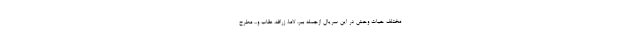
مختلف حیات وحش در این سریال ازجمله ببر، لاما، زرافه، عقاب و... مطرح